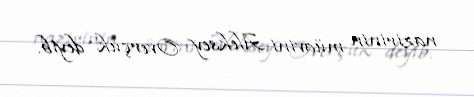
nazirinin müavini Aleksey Overçuk deyib.